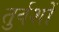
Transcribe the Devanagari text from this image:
तुर्वशों